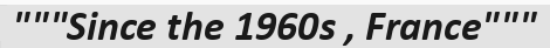
"""Since the 1960s , France"""